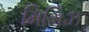
મિસિઝ